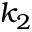
k _ { 2 }